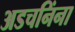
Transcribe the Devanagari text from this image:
अडचनिंना